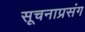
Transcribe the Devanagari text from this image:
सूचनाप्रसंग